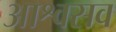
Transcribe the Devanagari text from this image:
आश्वसव